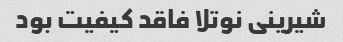
شیرینی نوتلا فاقد کیفیت بود